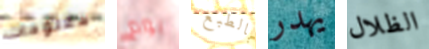
معلومات يوم بالطبع يهدر الظلال